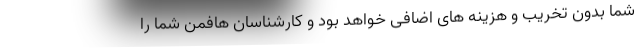
شما بدون تخریب و هزینه های اضافی خواهد بود و کارشناسان هافمن شما را